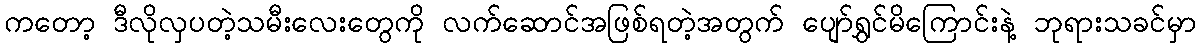
ကတော့ ဒီလိုလှပတဲ့သမီးလေးတွေကို လက်ဆောင်အဖြစ်ရတဲ့အတွက် ပျော်ရွှင်မိကြောင်းနဲ့ ဘုရားသခင်မှာ